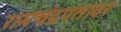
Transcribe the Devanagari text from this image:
रामचंद्रपंतावर